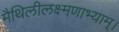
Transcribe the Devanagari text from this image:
मैथिलीलक्ष्मणाभ्याम्।